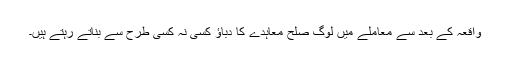
واقعہ کے بعد سے معاملے میں لوگ صلح معاہدے کا دباؤ کسی نہ کسی طرح سے بناتے رہتے ہیں۔